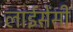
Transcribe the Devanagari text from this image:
लाईसेंसी